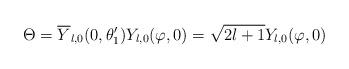
LaTeX: \begin{align*}\Theta=\overline{Y}_{l,0}(0,\theta_{1}^{\prime})Y_{l,0}(\varphi,0)=\sqrt{2l+1}Y_{l,0}(\varphi,0)\end{align*}